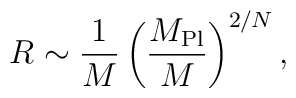
R\sim{1\over M}\left(M_{\rm Pl}\over M\right)^{2/N},